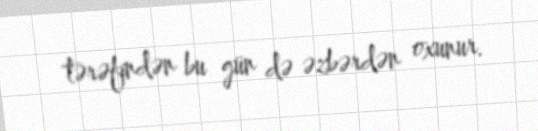
tərəfindən bu gün də əzbərdən oxunur.